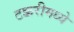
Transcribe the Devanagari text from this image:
टक्करीमध्ये